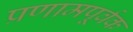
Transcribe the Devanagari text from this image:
प्रणामपूर्वक